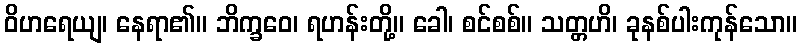
ဝိဟရေယျ၊ နေရာ၏။ ဘိက္ခဝေ၊ ရဟန်းတို့။ ခေါ၊ စင်စစ်။ သတ္တဟိ၊ ခုနစ်ပါးကုန်သော။